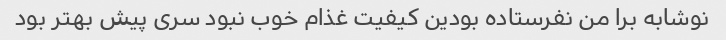
نوشابه برا من نفرستاده بودین کیفیت غذام خوب نبود سرى پیش بهتر بود